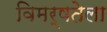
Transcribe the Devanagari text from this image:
विमर्षतेला